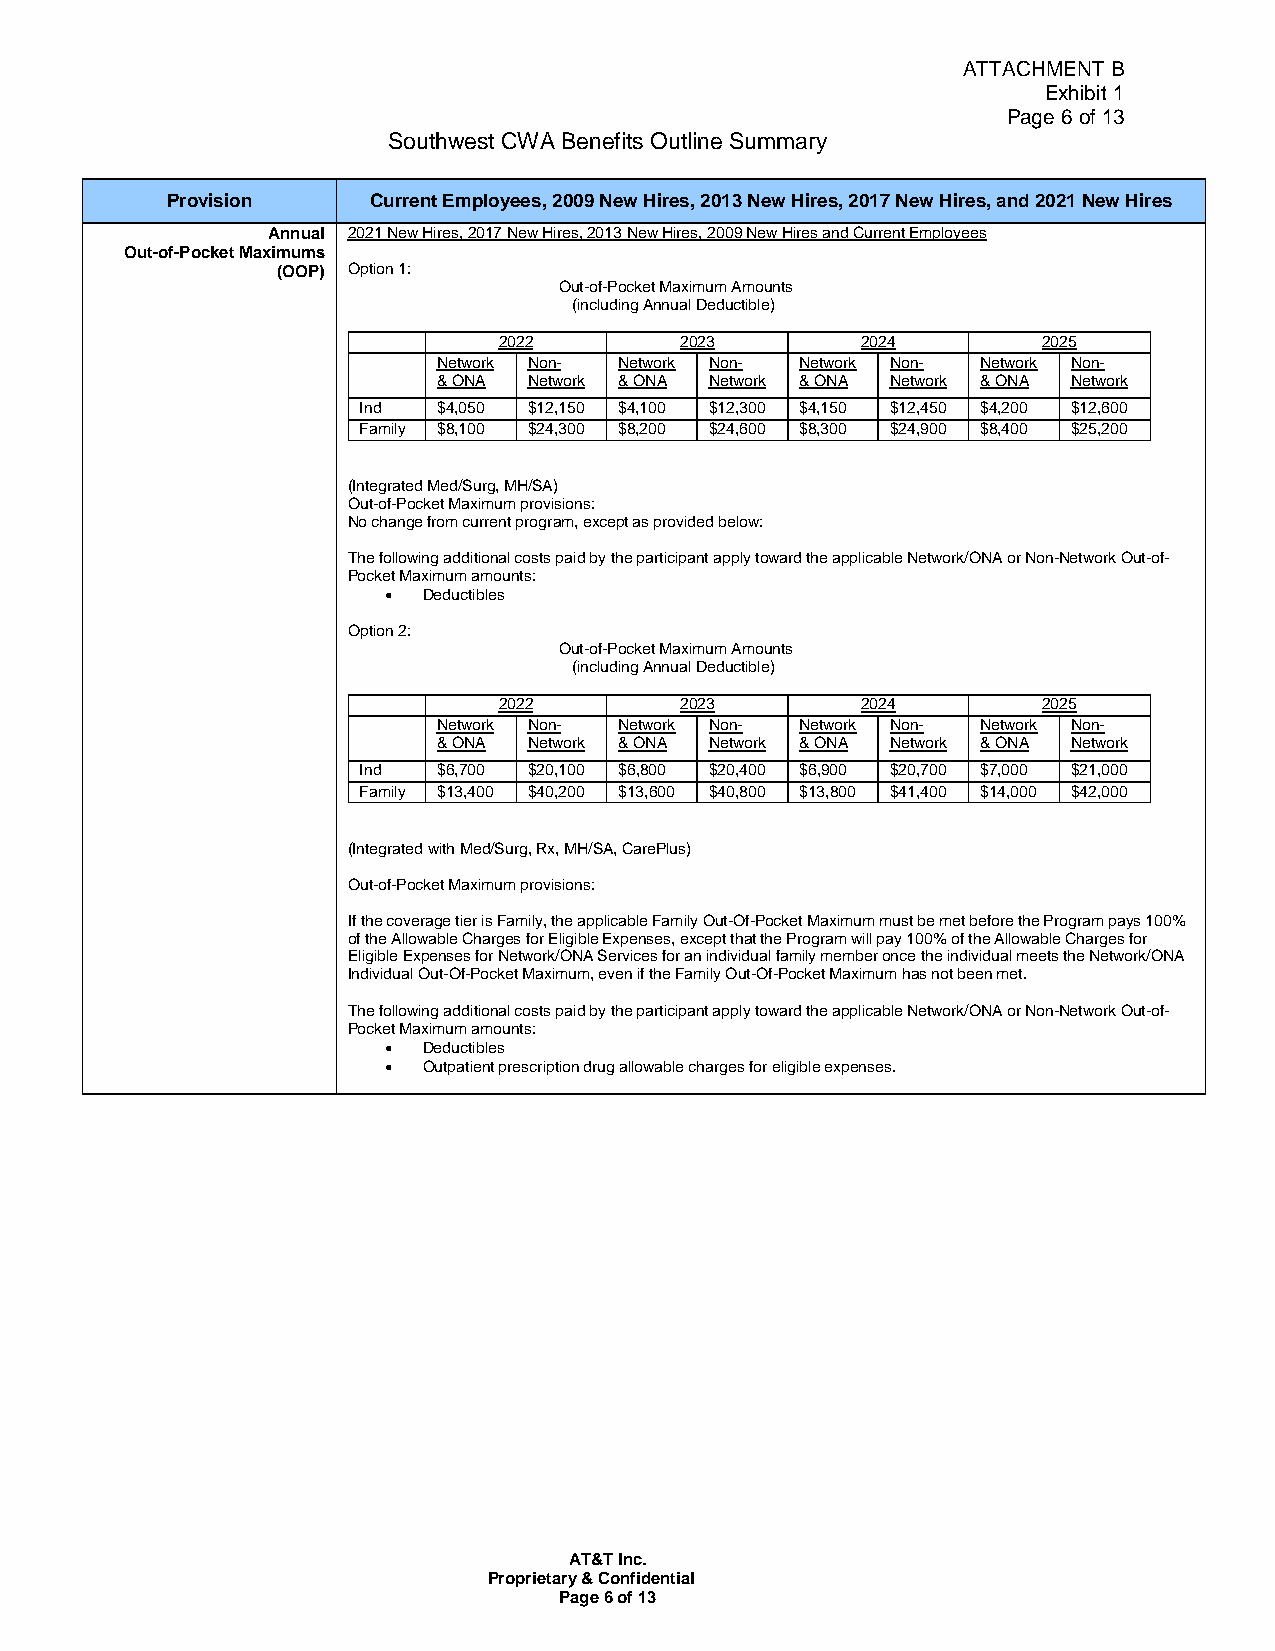
ATTACHMENT B
 Exhibit 1
 Page 6 of 13
 Southwest CWA Benefits Outline Summary
 Provision    Current Employees, 2009 New Hires, 2013 New Hires, 2017 New Hires, and 2021 New Hires
 Annual 2021 New Hires, 2017 New Hires, 2013 New Hires, 2009 New Hires and Current Employees
 Out-of-Pocket Maximums
 (OOP) Option 1:
 Out-of-Pocket Maximum Amounts
 (including Annual Deductible)
 2022        2023        2024        2025
 Network Non- Network Non- Network Non- Network Non-
 & ONA Network & ONA Network & ONA Network & ONA Network
 Ind  $4,050 $12,150 $4,100 $12,300 $4,150 $12,450 $4,200 $12,600
 Family $8,100 $24,300 $8,200 $24,600 $8,300 $24,900 $8,400 $25,200
 (Integrated Med/Surg, MH/SA)
 Out-of-Pocket Maximum provisions:
 No change from current program, except as provided below:
 The following additional costs paid by the participant apply toward the applicable Network/ONA or Non-Network Out-of-
 Pocket Maximum amounts:
   Deductibles
 Option 2:
 Out-of-Pocket Maximum Amounts
 (including Annual Deductible)
 2022        2023        2024        2025
 Network Non- Network Non- Network Non- Network Non-
 & ONA Network & ONA Network & ONA Network & ONA Network
 Ind  $6,700 $20,100 $6,800 $20,400 $6,900 $20,700 $7,000 $21,000
 Family $13,400 $40,200 $13,600 $40,800 $13,800 $41,400 $14,000 $42,000
 (Integrated with Med/Surg, Rx, MH/SA, CarePlus)
 Out-of-Pocket Maximum provisions:
 If the coverage tier is Family, the applicable Family Out-Of-Pocket Maximum must be met before the Program pays 100%
 of the Allowable Charges for Eligible Expenses, except that the Program will pay 100% of the Allowable Charges for
 Eligible Expenses for Network/ONA Services for an individual family member once the individual meets the Network/ONA
 Individual Out-Of-Pocket Maximum, even if the Family Out-Of-Pocket Maximum has not been met.
 The following additional costs paid by the participant apply toward the applicable Network/ONA or Non-Network Out-of-
 Pocket Maximum amounts:
   Deductibles
   Outpatient prescription drug allowable charges for eligible expenses.
 AT&T Inc.
 Proprietary & Confidential
 Page 6 of 13